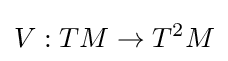
V:TM\rightarrow T^{2}M